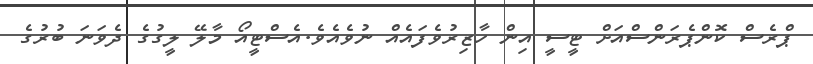
ޕްރެސް ކޮންޕެރަންސްއަށް ޓީސީ އިން ހާޒިރުވެފައެއް ނުވެއެވެ.އެސްޓީއޯ މާލޭ ލީގުގެ ދެވަނަ ބުރުގެ